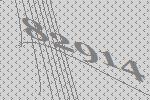
82914